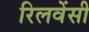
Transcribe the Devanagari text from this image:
रिलवेंसी